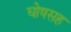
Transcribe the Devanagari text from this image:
घोषसह